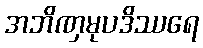
အဘိဏှမုပဒိဿရေ